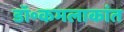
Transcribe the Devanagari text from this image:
डॉ॰कमलाकांत